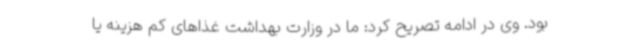
بود. وی در ادامه تصریح کرد: ما در وزارت بهداشت غذاهای کم هزینه یا